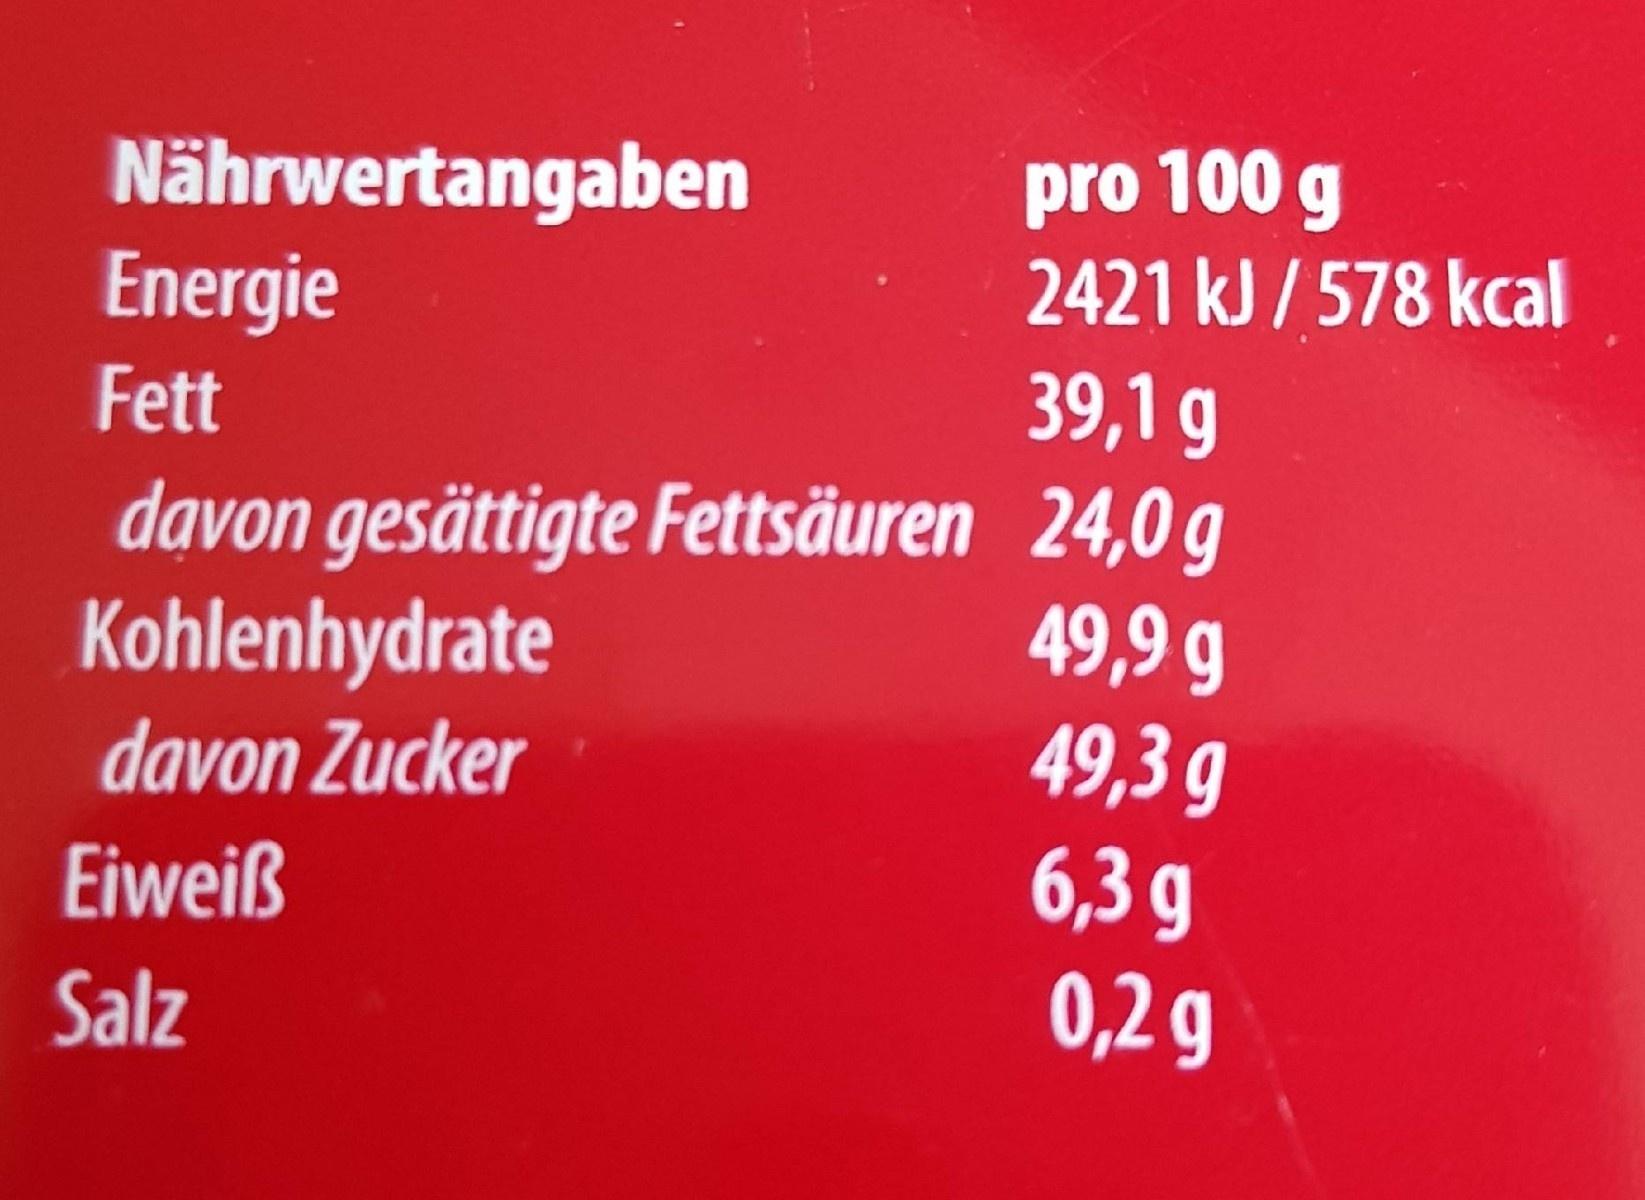
Nährwertangaben Energie
pro 100 g 2421 kJ / 578 kcal
Fett
39,1 g
davon gesättigte Fettsäuren 24,0 g 49,9 g 49,3 g 6,3 g
Kohlenhydrate
davon Zucker
Eiweiß
Salz
0,2 g